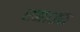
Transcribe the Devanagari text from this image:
रनाउत